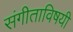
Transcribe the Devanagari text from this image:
संगीताविषयी